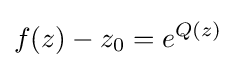
f(z)-z_{0}=e^{Q(z)}